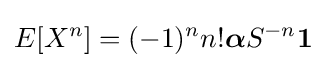
E[X^{n}]=(-1)^{n}n!{\boldsymbol {\alpha }}{S}^{-n}\mathbf {1}